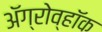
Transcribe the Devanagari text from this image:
अॅग्रोव्हॉक